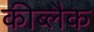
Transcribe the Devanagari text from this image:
कीब्लैक